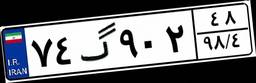
۷۴گ۹۰۲۴۸